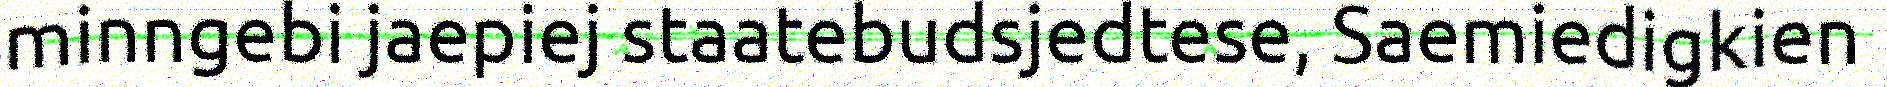
minngebi jaepiej staatebudsjedtese, Saemiedigkien